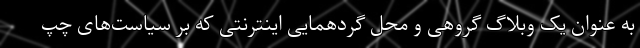
به عنوان یک وبلاگ گروهی و محل گردهمایی اینترنتی که بر سیاست‌های چپ